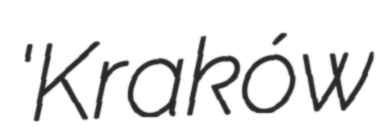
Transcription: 'Kraków